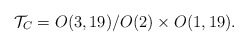
\begin{align*}{\cal T}_C = O(3,19)/O(2) \times O(1,19).\end{align*}